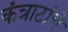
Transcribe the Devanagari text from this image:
कंत्राटांचे